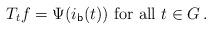
LaTeX: \begin{align*}T_tf= \Psi( i_{\mathsf{b}}(t)) \mbox{ for all } t \in G \,.\end{align*}